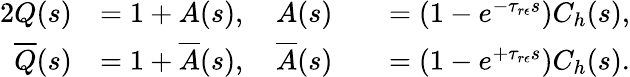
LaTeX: \begin{array}{rlrl}{{2}Q(s)}&{=1+A(s),\quad A(s)}&&{=\left(1-e^{-\tau_{r\epsilon}s}\right)C_{h}(s),}\\ {\overline{{Q}}(s)}&{=1+\overline{{A}}(s),\quad\overline{{A}}(s)}&&{=\left(1-e^{+\tau_{r\epsilon}s}\right)C_{h}(s).}\end{array}